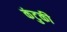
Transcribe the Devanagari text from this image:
कंटुकी